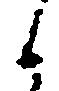
候